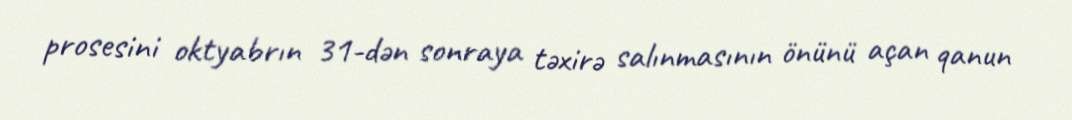
prosesini oktyabrın 31-dən sonraya təxirə salınmasının önünü açan qanun